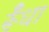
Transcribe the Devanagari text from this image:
र्रूँधा